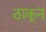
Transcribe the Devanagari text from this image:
ठाकून